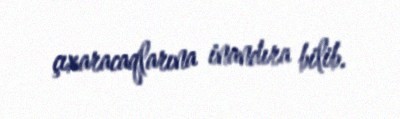
çıxaracaqlarına inandıra bilib.